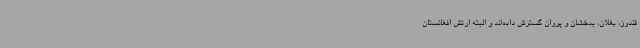
قندوز، بغلان، بدخشان و پروان گسترش داده‌اند و البته ارتش افغانستان